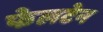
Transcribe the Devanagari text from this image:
फेलटेन